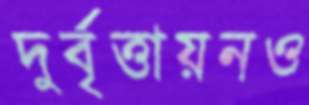
দুর্বৃত্তায়নও